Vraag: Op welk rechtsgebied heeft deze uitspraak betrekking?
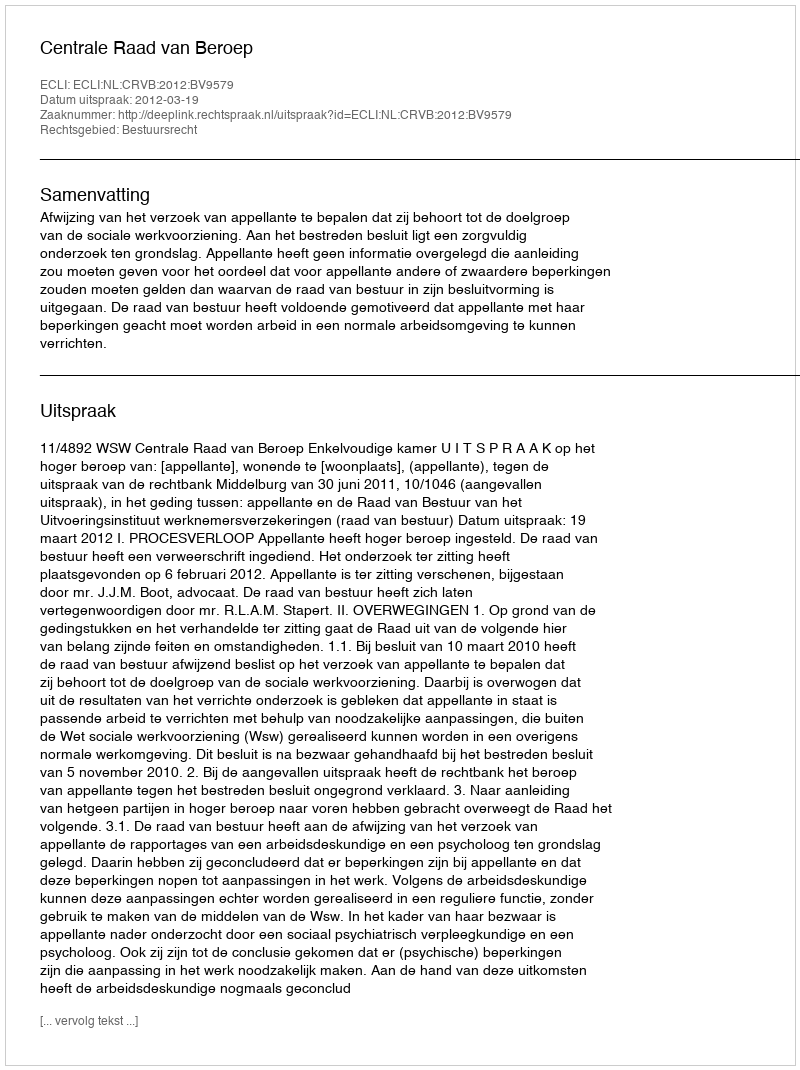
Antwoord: Bestuursrecht